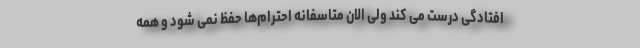
افتادگی درست می کند ولی الان متاسفانه احترام‌ها حفظ نمی شود و همه